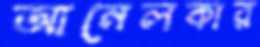
আনেলকার